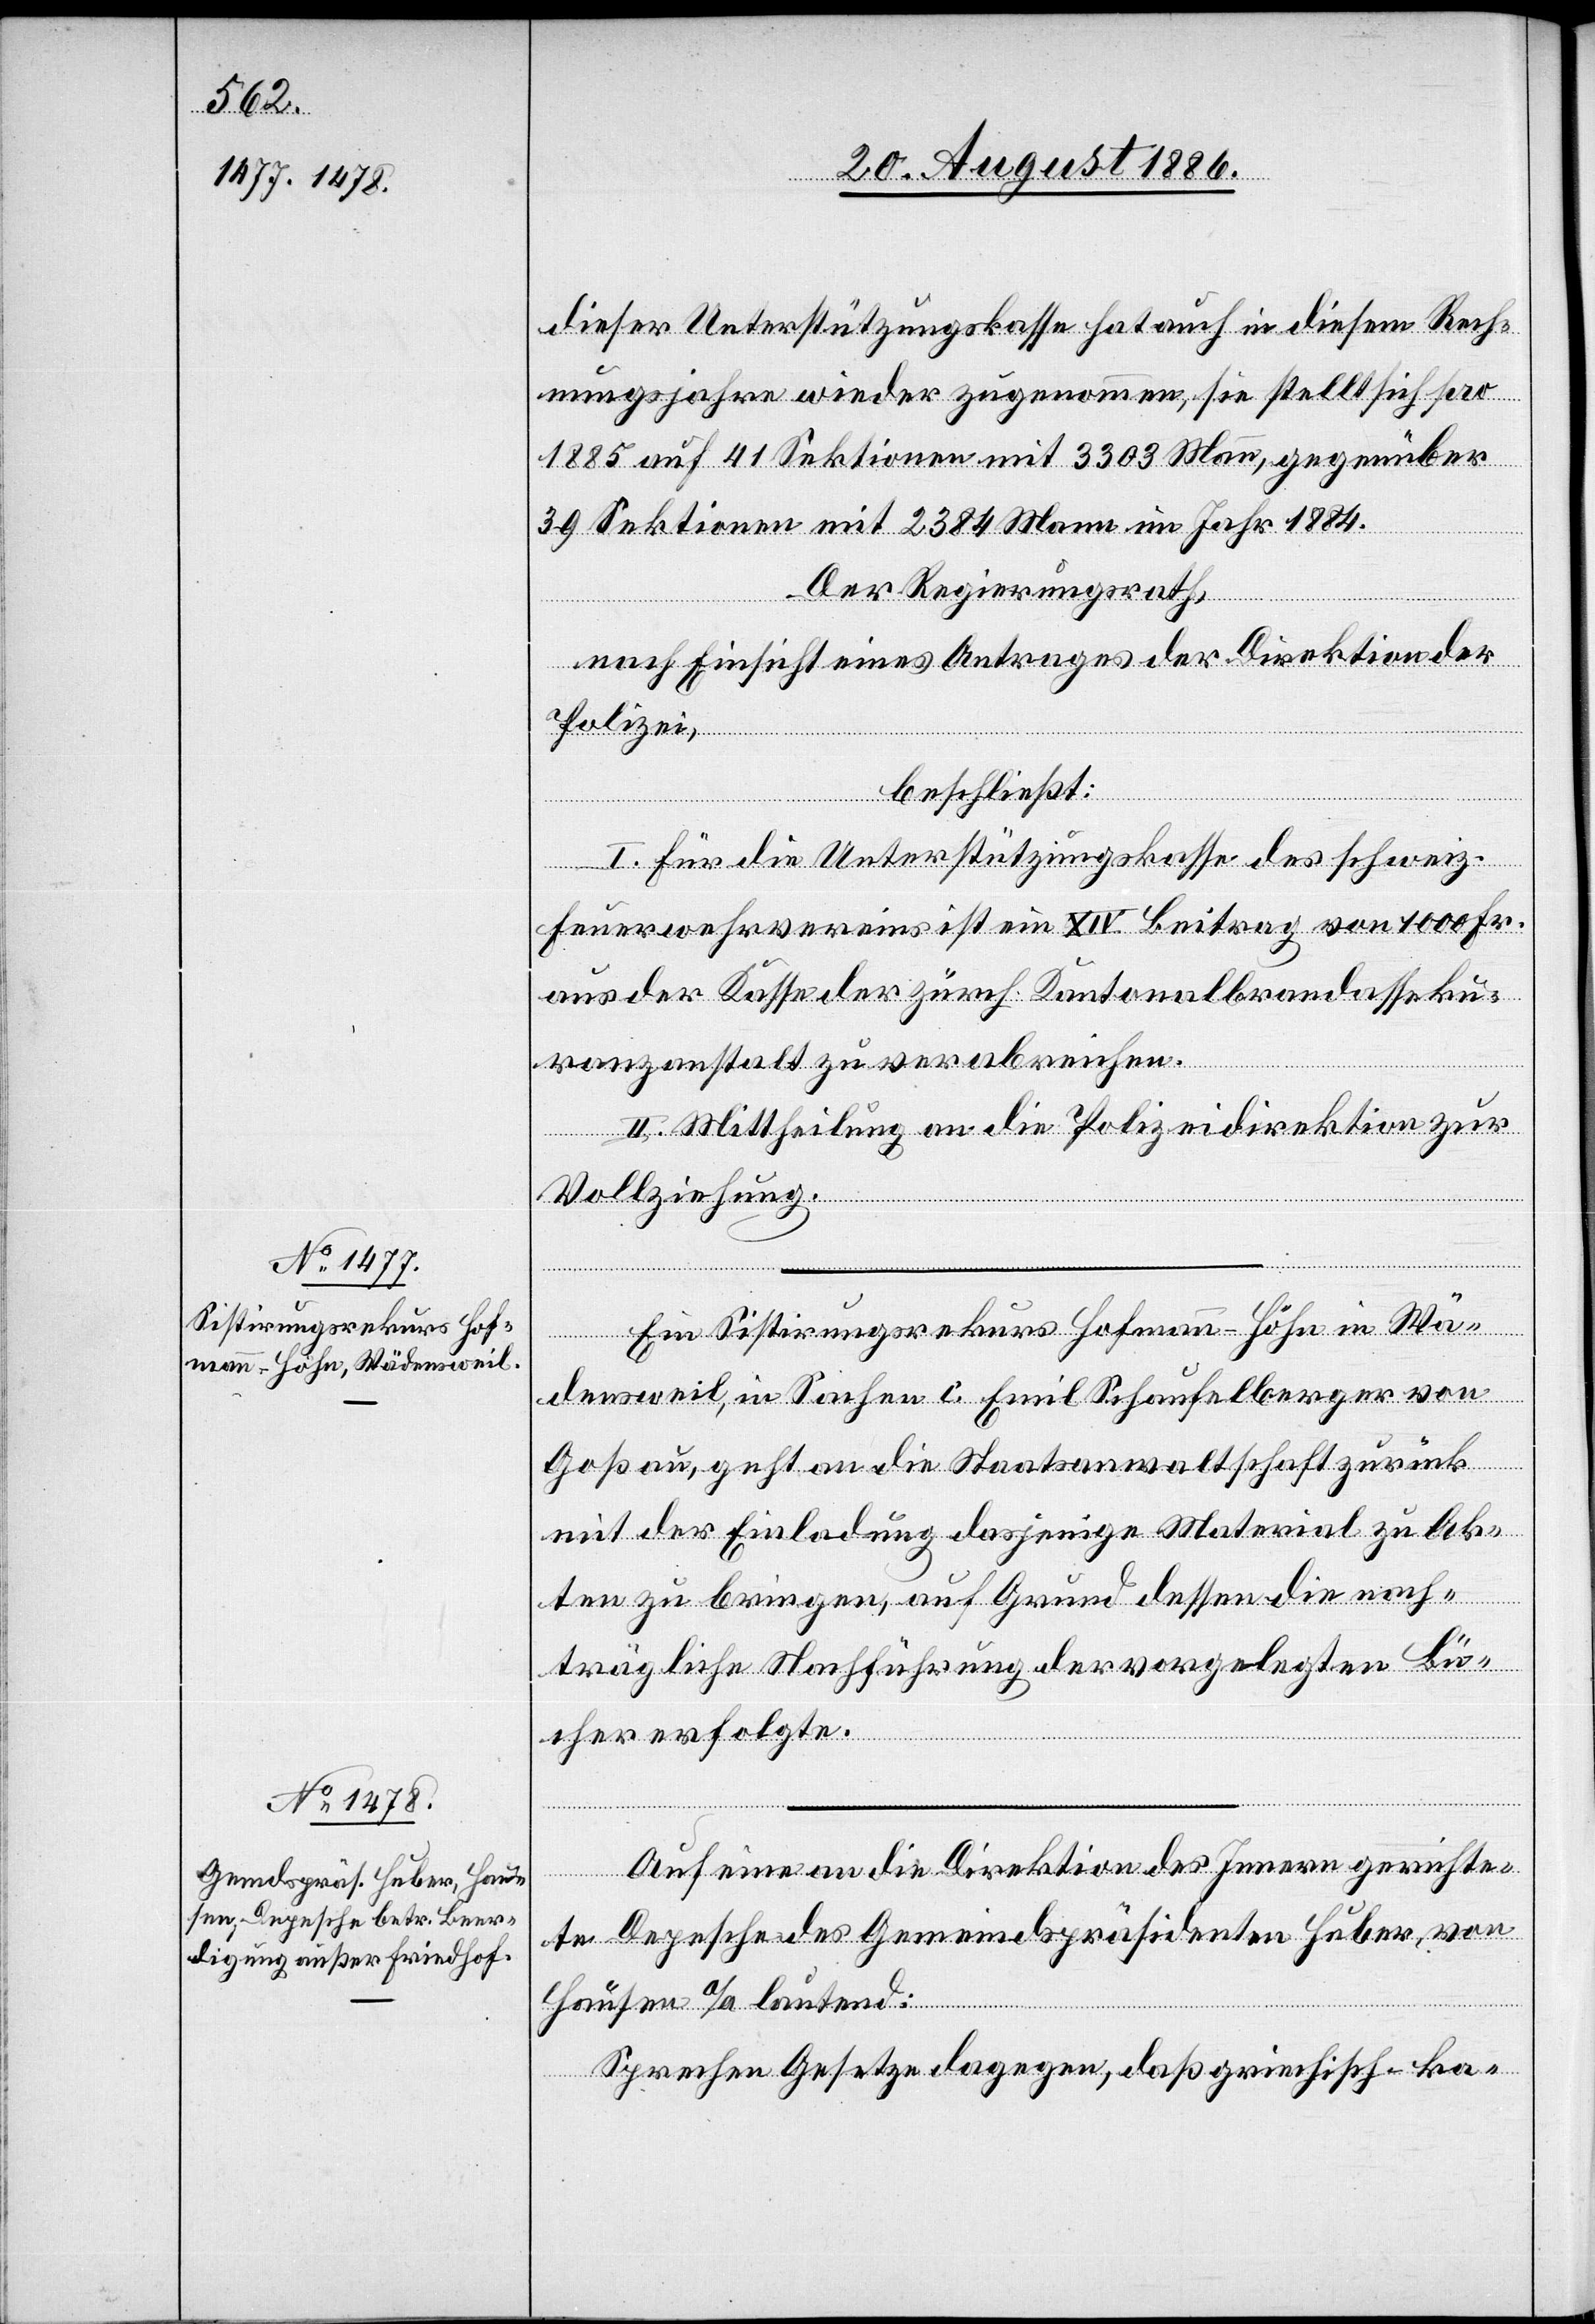
dieser Unterstützungskasse hat auch in diesem Rech¬
nungsjahre wieder zugenommen, sie stellt sich pro
1885 auf 41 Sektionen mit 3303 Mann, gegenüber
39 Sektionen mit 2384 Mann im Jahr 1884.
Der Regierungsrath,
nach Einsicht eines Antrages der Direktion der
Polizei,
beschließt:
I.Für die Unterstützungskasse des schweiz.
Feuerwehrvereins ist ein XIV. Beitrag von 1000 Fr.
aus der Kasse der zürch. Kantonalbrandasseku¬
ranzanstalt zu verabreichen.
II. Mittheilung an die Polizeidirektion zur
Vollziehung.
Ein Sistirungsrekurs Hofmann-Höhn in Wä¬
densweil, in Sachen c. Emil Schaufelberger von
Goßau, geht an die Staatsanwaltschaft zurück
mit der Einladung dasjenige Material zu Ak¬
ten zu bringen, auf Grund dessen die nach¬
trägliche Nachführung der vorgelegten Bü¬
cher erfolgte.
Auf eine an die Direktion des Innern gerichte¬
te Depesche des Gemeindspräsidenten Huber, von
Hausen a/A lautend:
Sprechen Gesetze dagegen, daß griechisch-ka-